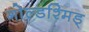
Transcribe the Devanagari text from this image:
गोल्डश्मिड्